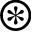
\circledast